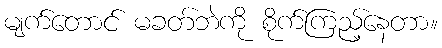
မျက်တောင် မခတ်ဘဲကို စိုက်ကြည့်နေတာ။